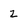
Character: 2